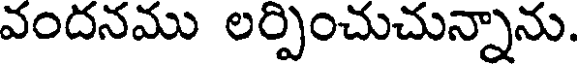
వందనము లర్పించుచున్నాను.